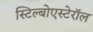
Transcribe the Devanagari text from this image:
स्टिल्बोएस्टेरॉल